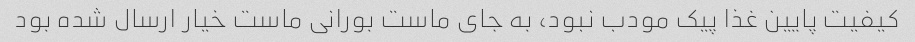
کیفیت پایین غذا پیک مودب نبود، به جای ماست بورانی ماست خیار ارسال شده بود